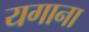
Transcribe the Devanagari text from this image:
यगाना